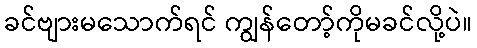
ခင်ဗျားမသောက်ရင် ကျွန်တော့်ကိုမခင်လို့ပဲ။